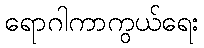
ရောဂါကာကွယ်ရေး